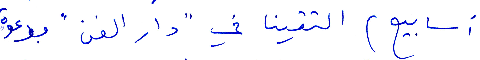
أسابيع) التقينا في "دار الفن" بدعوة